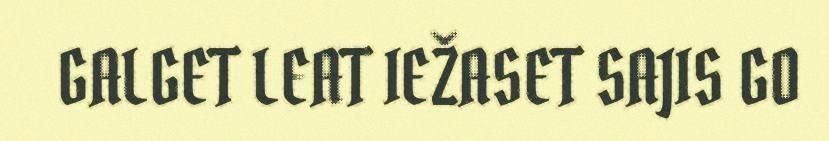
GALGET LEAT IEŽASET SAJIS GO